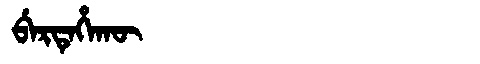
Manchu: ᠪᡝᡵᡨᡝᡥᠠᡴᡡ
Romanization: BERTEHAKŪ